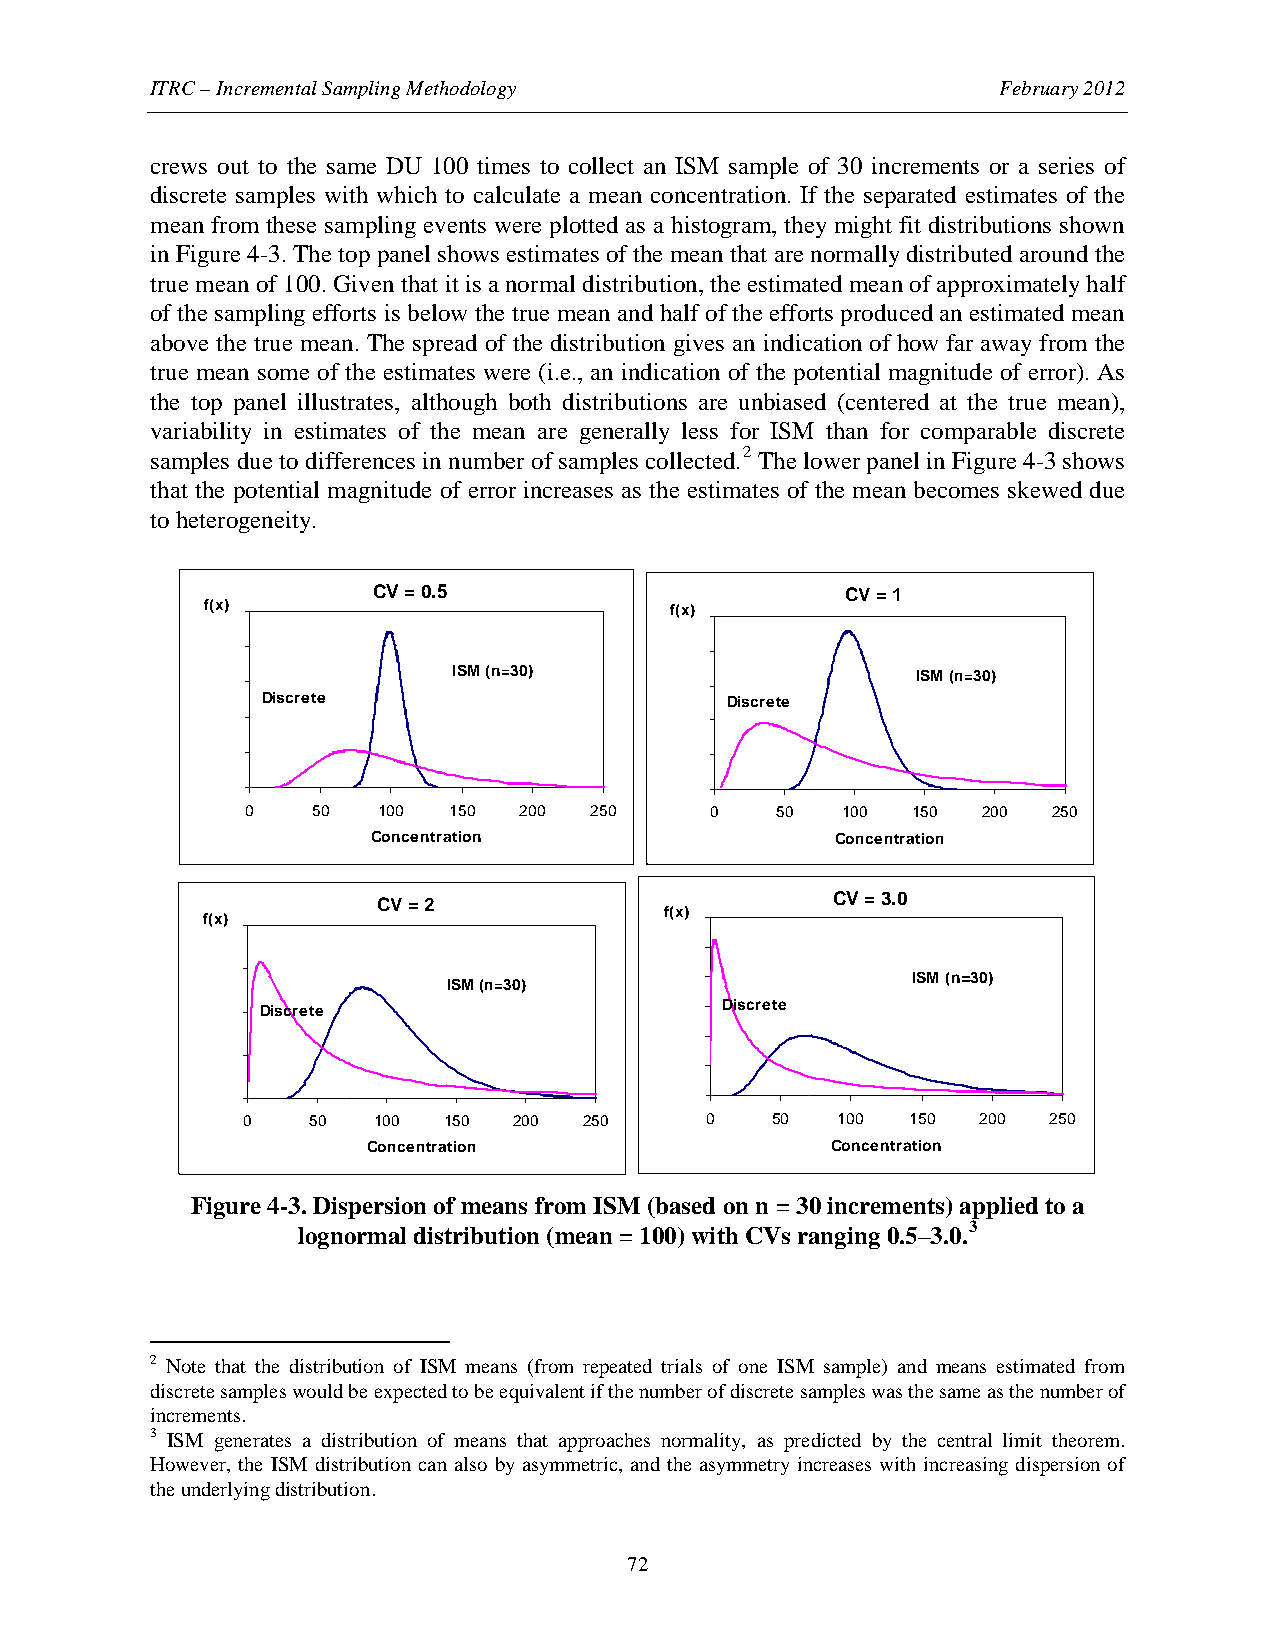
ITRC – Incremental Sampling Methodology                 February 2012
 crews out to the same DU 100 times to collect an ISM sample of 30 increments or a series of
 discrete samples with which to calculate a mean concentration. If the separated estimates of the
 mean from these sampling events were plotted as a histogram, they might fit distributions shown
 in Figure 4-3. The top panel shows estimates of the mean that are normally distributed around the
 true mean of 100. Given that it is a normal distribution, the estimated mean of approximately half
 of the sampling efforts is below the true mean and half of the efforts produced an estimated mean
 above the true mean. The spread of the distribution gives an indication of how far away from the
 true mean some of the estimates were (i.e., an indication of the potential magnitude of error). As
 the top panel illustrates, although both distributions are unbiased (centered at the true mean),
 variability in estimates of the mean are generally less for ISM than for comparable discrete
 samples due to differences in number of samples collected.2 The lower panel in Figure 4-3 shows
 that the potential magnitude of error increases as the estimates of the mean becomes skewed due
 to heterogeneity.
 CV = 0.5                       CV = 1
 f(x)                          f(x)
 ISM (n=30)                     ISM (n=30)
 Discrete                       Discrete
 0    50  100  150 200  250     0   50   100 150  200  250
 Concentration                 Concentration
 CV = 2                        CV = 3.0
 f(x)
 f(x)
 ISM (n=30)
 ISM (n=30)
 Discrete                       Discrete
 0   50   100 150  200  250     0   50  100  150  200 250
 Concentration                  Concentration
 Figure 4-3. Dispersion of means from ISM (based on n = 30 increments) applied to a
 lognormal distribution (mean = 100) with CVs ranging 0.5–3.0.3
 2 Note that the distribution of ISM means (from repeated trials of one ISM sample) and means estimated from
 discrete samples would be expected to be equivalent if the number of discrete samples was the same as the number of
 increments.
 3 ISM generates a distribution of means that approaches normality, as predicted by the central limit theorem.
 However, the ISM distribution can also by asymmetric, and the asymmetry increases with increasing dispersion of
 the underlying distribution.
 72